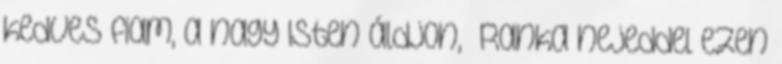
kedves fiam, a nagy Isten áldjon, Ranka nejeddel ezen